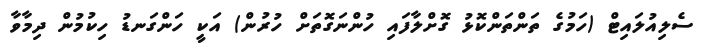
ސެލިއުލައިޓް (ހަމުގެ ތަންތަންކޮޅު ގޮށްލާފައި ހުންނަގޮތަށް ހުރުން) އަކީ ހަންގަނޑު ހިކުމުން ދިމާވާ